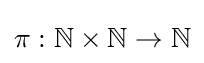
\pi :\mathbb {N} \times \mathbb {N} \to \mathbb {N}